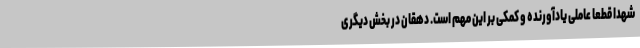
شهدا قطعاً عاملی یادآورنده و کمکی بر این مهم است. دهقان در بخش دیگری